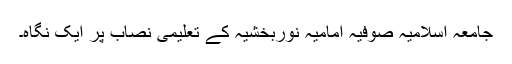
جامعہ اسلامیہ صوفیہ امامیہ نوربخشیہ کے تعلیمی نصاب پر ایک نگاہ۔